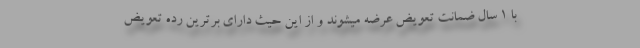
با 1 سال ضمانت تعویض عرضه میشوند و از این حیث دارای برترین رده تعویض